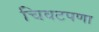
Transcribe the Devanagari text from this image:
चिवटपणा